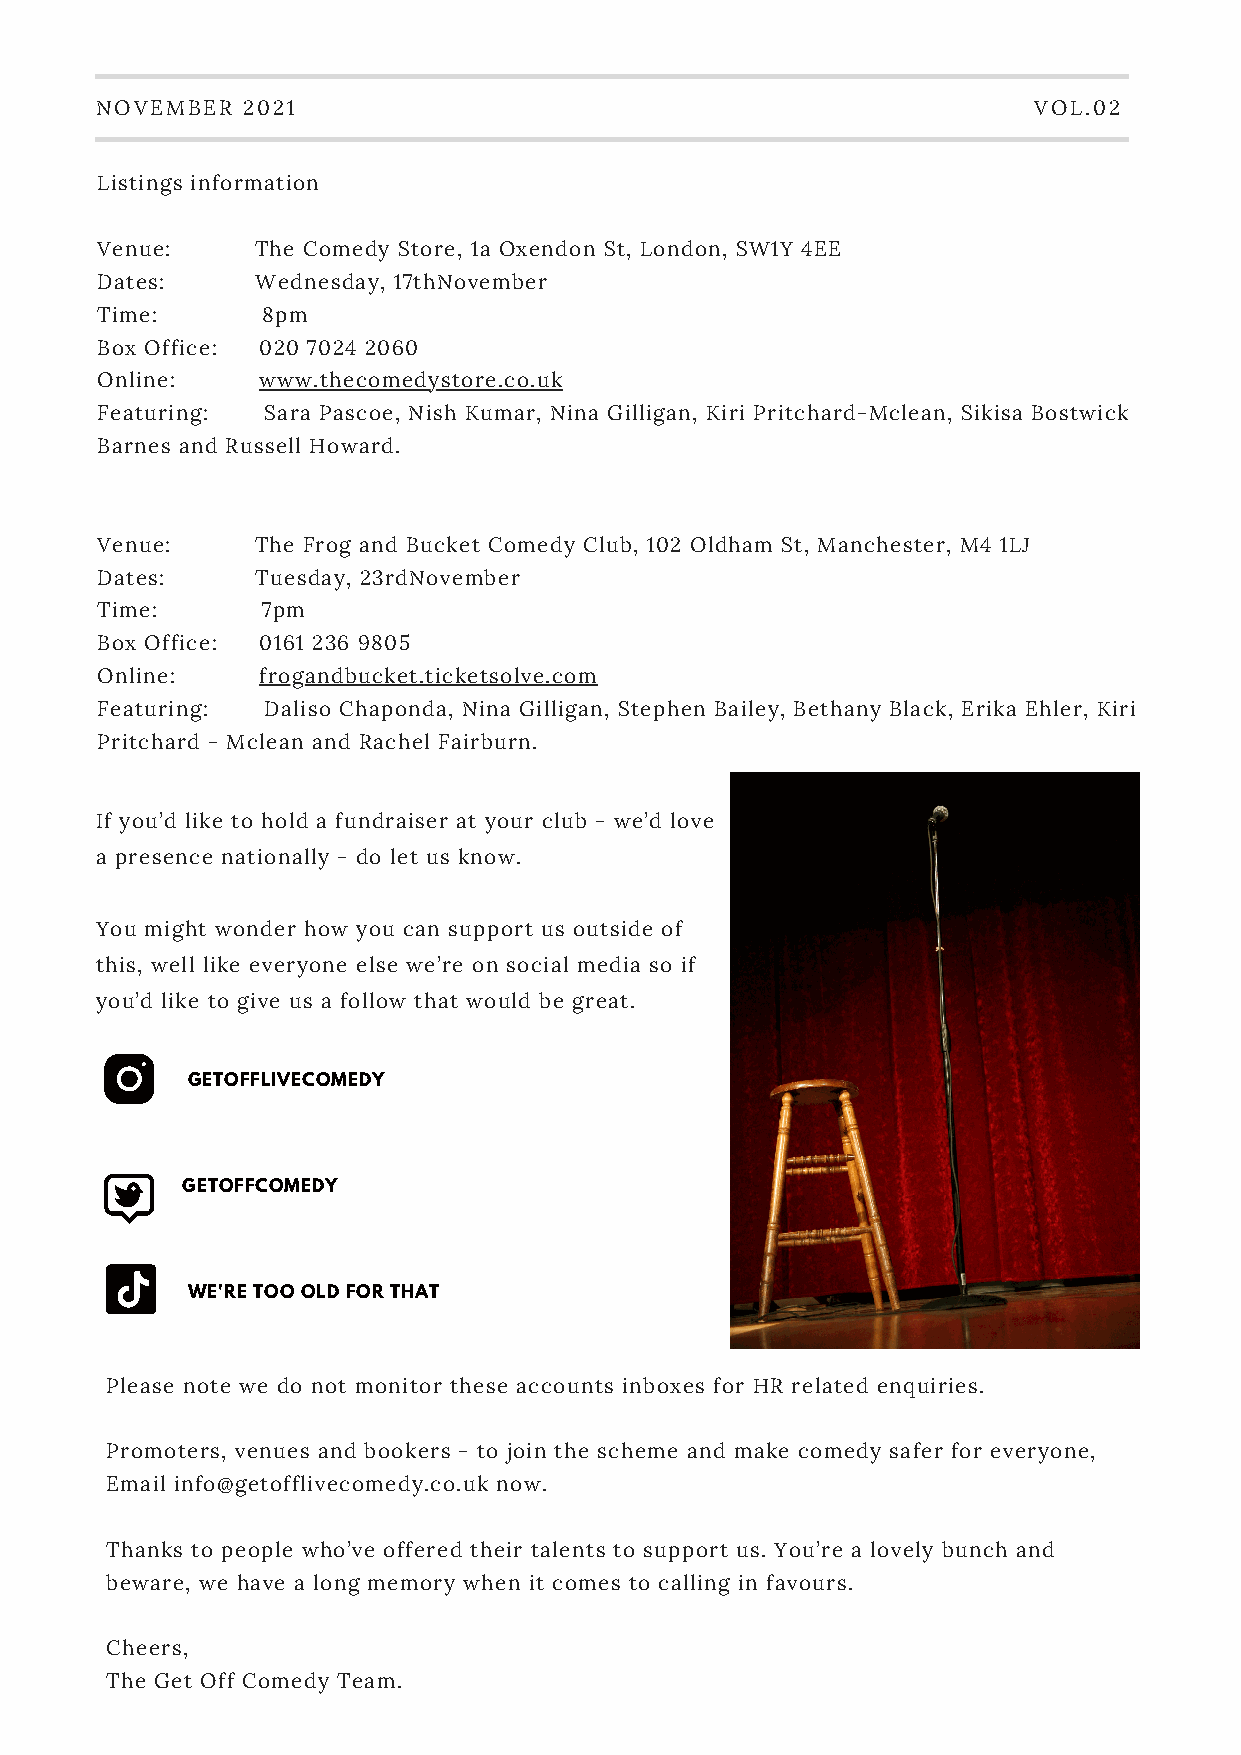
NOVEMBER  2021                                                VOL.02
 Listings information
 Venue:     The Comedy Store, 1a Oxendon St, London, SW1Y 4EE
 Dates:     Wednesday, 17thNovember
 Time:      8pm
 Box Office: 020 7024 2060
 Online:    www.thecomedystore.co.uk
 Featuring: Sara Pascoe, Nish Kumar, Nina Gilligan, Kiri Pritchard-Mclean, Sikisa Bostwick
 Barnes and Russell Howard.
 Venue:     The Frog and Bucket Comedy Club, 102 Oldham St, Manchester, M4 1LJ
 Dates:     Tuesday, 23rdNovember
 Time:      7pm
 Box Office: 0161 236 9805
 Online:    frogandbucket.ticketsolve.com
 Featuring: Daliso Chaponda, Nina Gilligan, Stephen Bailey, Bethany Black, Erika Ehler, Kiri
 Pritchard - Mclean and Rachel Fairburn.
 If you’d like to hold a fundraiser at your club - we’d love
 a presence nationally - do let us know.
 You might wonder how you can support us outside of
 this, well like everyone else we’re on social media so if
 you’d like to give us a follow that would be great.
 GETOFFLIVECOMEDY
 GETOFFCOMEDY
 WE'RE TOO OLD FOR THAT
 Please note we do not monitor these accounts inboxes for HR related enquiries.
 Promoters, venues and bookers - to join the scheme and make comedy safer for everyone,
 Email info@getofflivecomedy.co.uk now.
 Thanks to people who’ve offered their talents to support us. You’re a lovely bunch and
 beware, we have a long memory when it comes to calling in favours.
 Cheers,
 The Get Off Comedy Team.